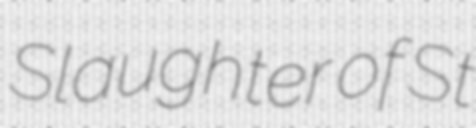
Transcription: Slaughter of St